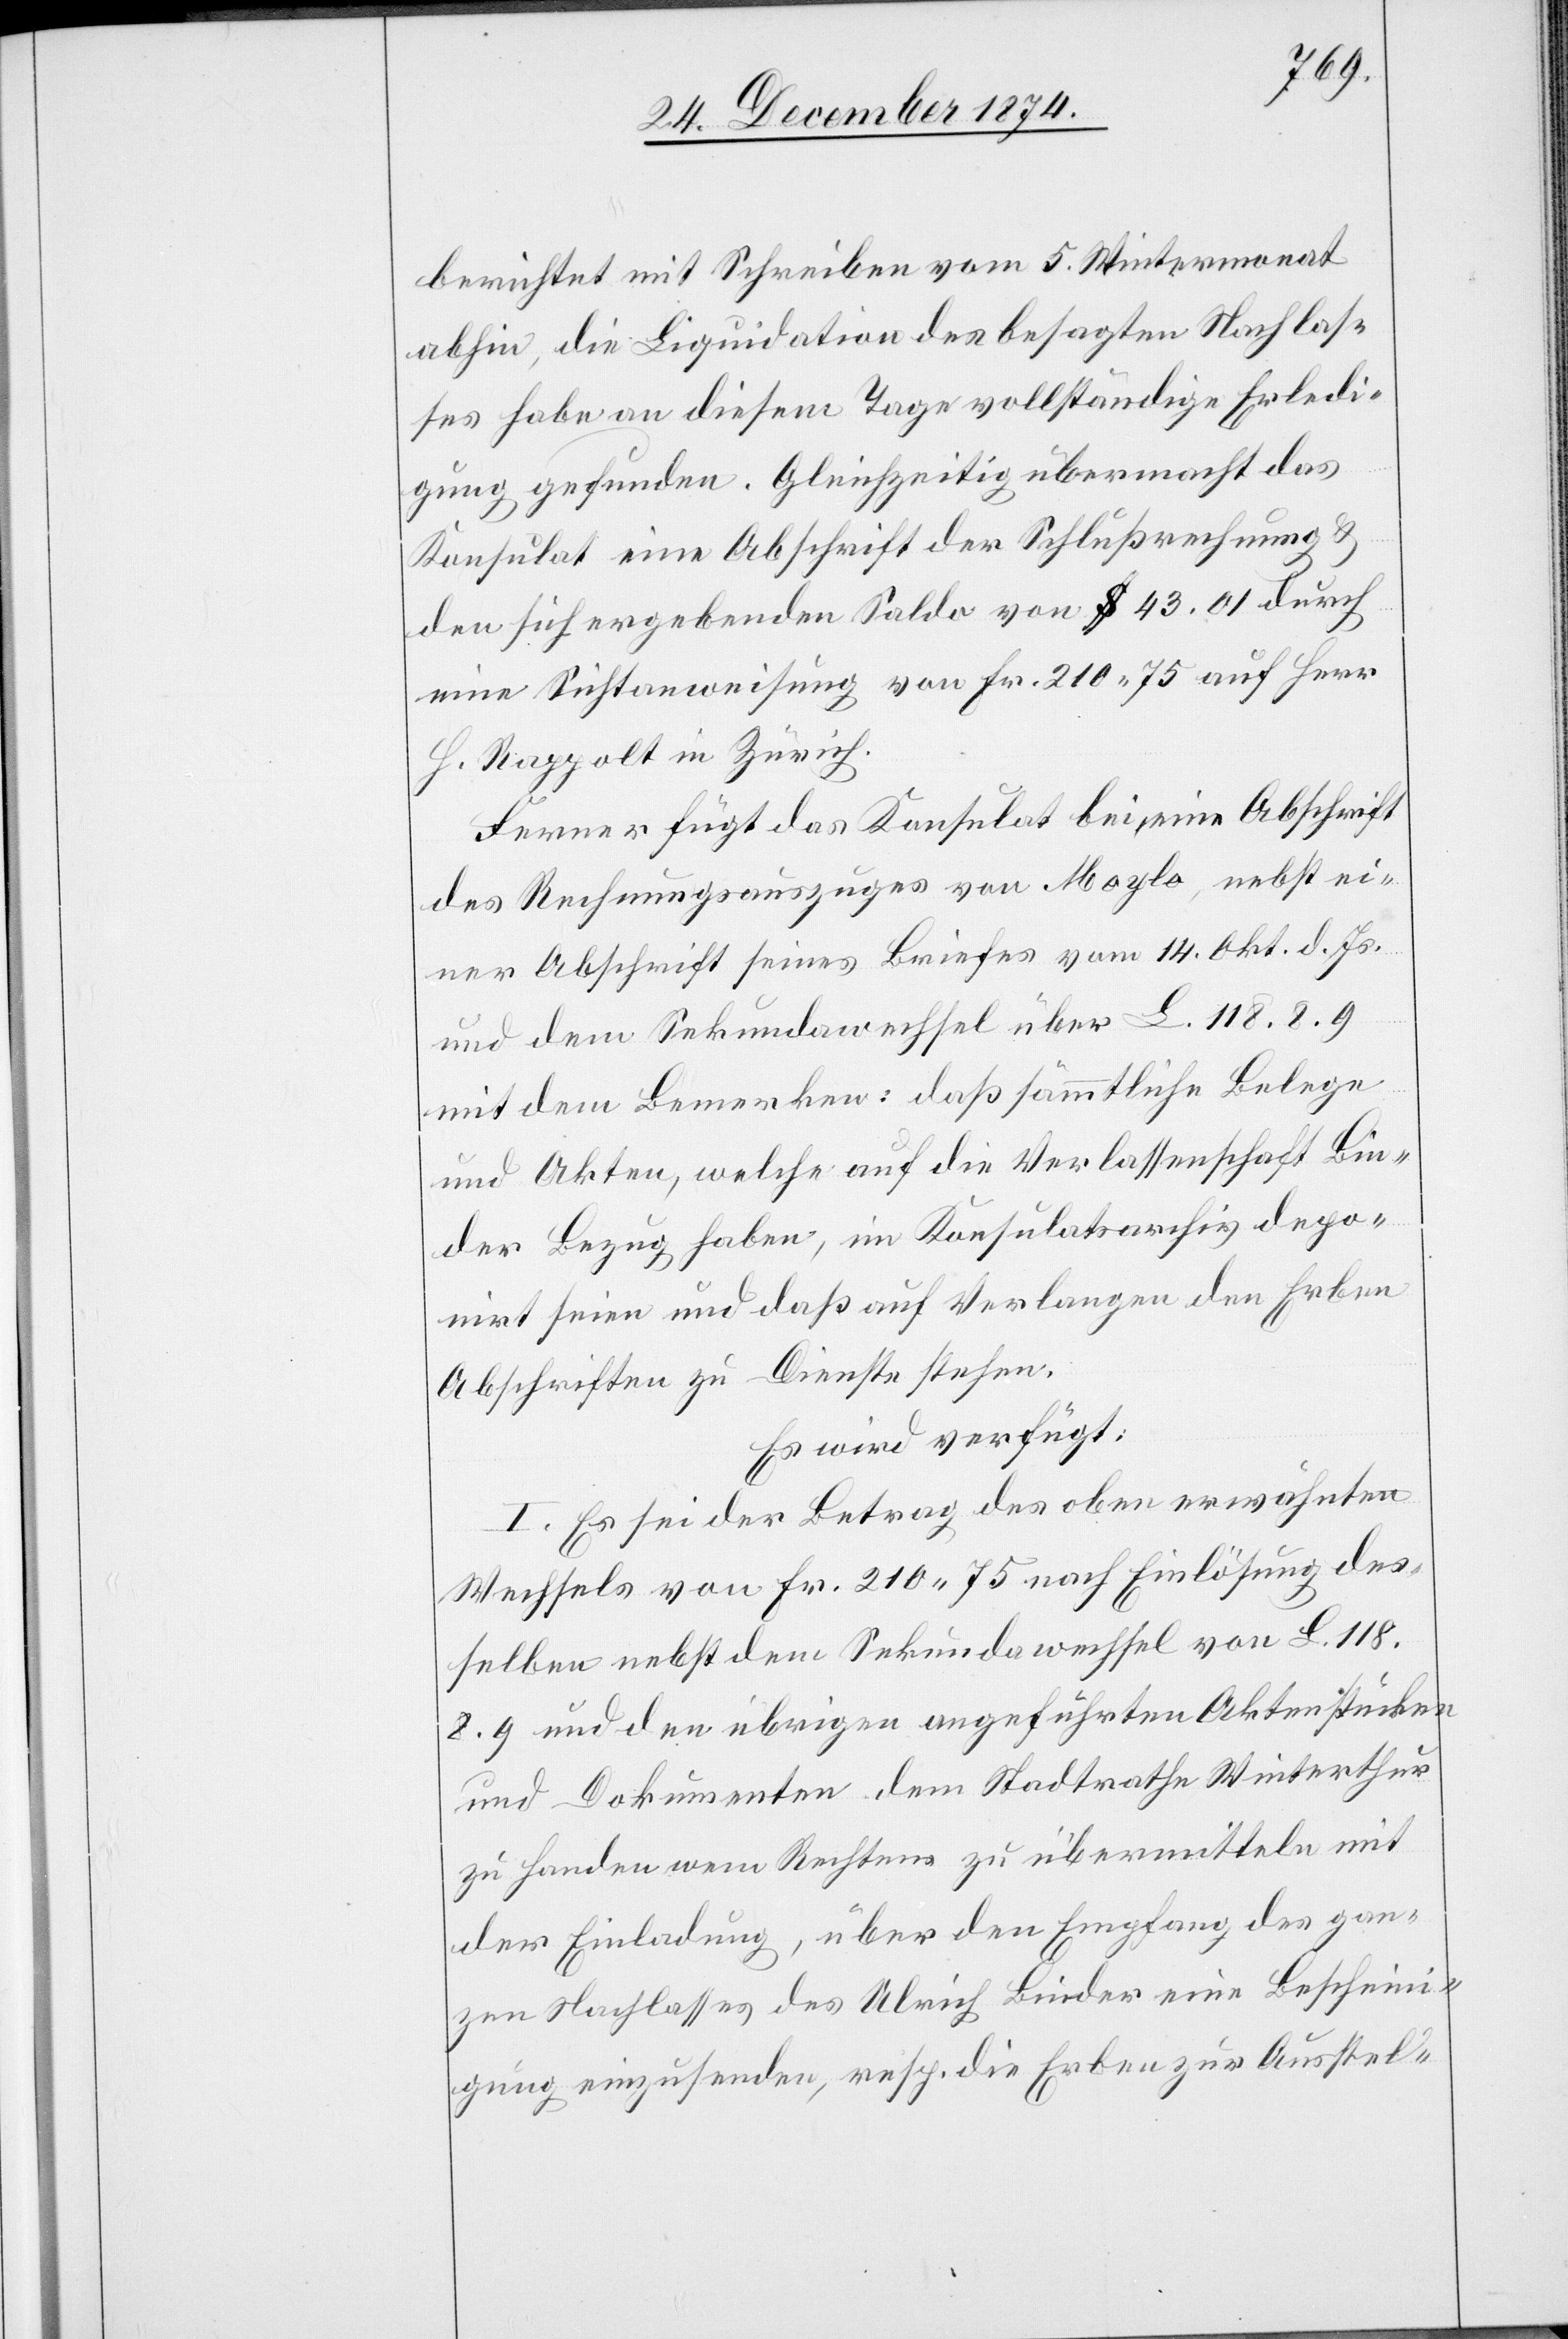
berichtet mit Schreiben vom 5. Wintermonat
abhin, die Liquidation des besagten Nachlas¬
ses habe an diesem Tage vollständige Erledi¬
gung gefunden. Gleichzeitig übermacht das
Konsulat eine Abschrift der Schlußrechnung &
den sich ergebenden Saldo von $ 43.01 durch
eine Richtanweisung von Fr. 210.75 auf Herr
H. Rappolt in Zürich.
Ferner fügt das Konsulat bei, eine Abschrift
des Rechnungsauszuges von Moylo, nebst ei¬
ner Abschrift seines Briefes vom 14. Okt. d. Js.
und dem Sekundawechsel über L. 118.8.9
mit dem Bemerken: daß sämmtliche Belege
und Akten, welche auf die Verlassenschaft Bin¬
der Bezug haben, im Konsulatsarchiv depo¬
nirt seien und daß auf Verlangen den Erben
Abschriften zu Dienste stehen.
Es wird verfügt:
I. Es sei der Betrag des oben erwähnten
Wechsels von Fr. 210.75 nach Einlösung des¬
selben nebst dem Sekundawechsel von L.
118.8.9 und den übrigen angeführten Aktenstücken
und Dokumenten dem Stadtrathe Winterthur
zu Handen wem Rechtens zu übermitteln mit
der Einladung, über den Empfang des gan¬
zen Nachlasses des Ulrich Binder eine Bescheini¬
gung einzusenden, resp. die Erben zur Ausstel-